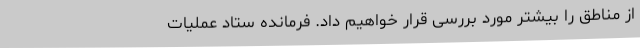
از مناطق را بیشتر مورد بررسی قرار خواهیم داد. فرمانده ستاد عملیات